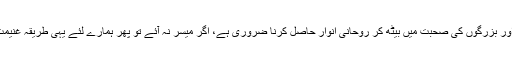
اس کے لیے کچھ مدت نیکوں اور بزرگوں کی صحبت میں بیٹھ کر روحانی انوار حاصل کرنا ضروری ہے، اگر میسر نہ آئے تو پھر ہمارے لئے یہی طریقہ غنیمت ہے جس پر آج عمل پیرا ہیں۔